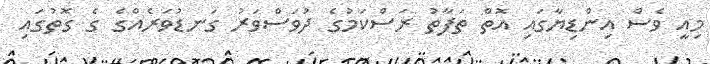
މިއީ ވެސް އިންޑިޔާގައި އޮތް ތަފާތު ރަސްކަމުގެ ދުވަސްވަރު ގަނޑުވަރެއްގެ ގެ ގޮތުގައި